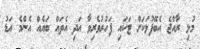
މުޅި ރާއްޖެ އެބޭފުޅަކަށް ޓަކައި ފަހުރުވެރިވާ އަދި އެތައް ބަޔެއް އެންމެ އަޑު